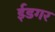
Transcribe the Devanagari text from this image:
ईडगर